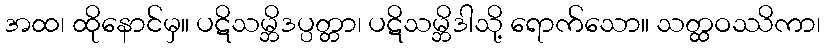
အထ၊ ထိုနောင်မှ။ ပဋိသမ္ဘိဒပ္ပတ္တာ၊ ပဋိသမ္ဘိဒါသို့ ရောက်သော။ သတ္ထဝဿိကာ၊